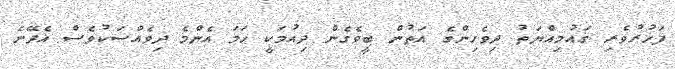
ފަޚުރުވެރި ޤައުމިއްޔަތު ދިވެހިންގެ އަތުން ބީވެގެން ދިއުމަކީ ހަމަ އެންމެ ދިވެއްސަކުވެސް އެދޭނެ